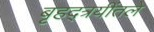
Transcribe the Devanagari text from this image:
बृहद्त्रयींतले